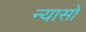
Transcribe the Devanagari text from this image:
न्‍यासों